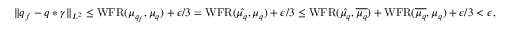
\| q _ { f } - q * \gamma \| _ { L ^ { 2 } } \leq \operatorname { W F R } ( \mu _ { q _ { f } } , \mu _ { q } ) + \epsilon / 3 = \operatorname { W F R } ( \hat { \mu _ { q } } , \mu _ { q } ) + \epsilon / 3 \leq \operatorname { W F R } ( \hat { \mu _ { q } } , \overline { { \mu _ { q } } } ) + \operatorname { W F R } ( \overline { { \mu _ { q } } } , \mu _ { q } ) + \epsilon / 3 < \epsilon ,